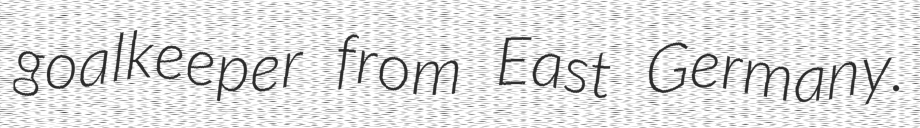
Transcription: goalkeeper from East Germany.